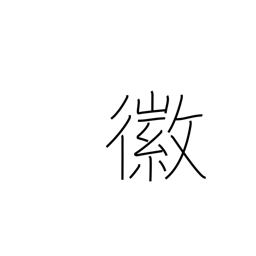
Meaning: good